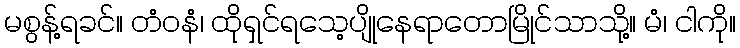
မစွန့်ရခင်။ တံဝနံ၊ ထိုရှင်ရသေ့ပျိုနေရာတောမြိုင်သာသို့။ မံ၊ ငါကို။